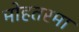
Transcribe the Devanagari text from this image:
मोहतरमा